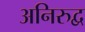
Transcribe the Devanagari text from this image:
अनिरुद्व